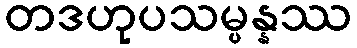
တဒဟုပသမ္ပန္နဿ